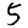
Digit: 5